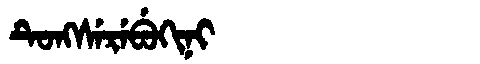
Manchu: ᡨᡠᠩᠰᡝᡵᡝᠪᡠᡴᡳᠨᡳ
Romanization: TUNGSEREBUKINI